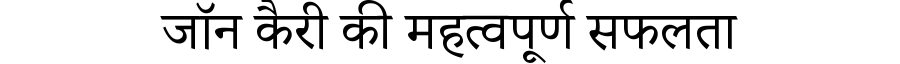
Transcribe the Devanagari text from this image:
जॉन कैरी की महत्वपूर्ण सफलता